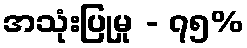
အသုံးပြုမှု - ၇၅%